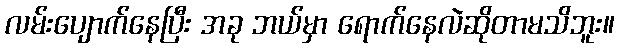
လမ်းပျောက်နေပြီး အခု ဘယ်မှာ ရောက်နေလဲဆိုတာမသိဘူး။